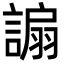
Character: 謆